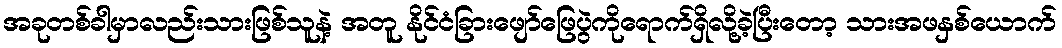
အခုတစ်ခါမှာလည်းသားဖြစ်သူနဲ့ အတူ နိုင်ငံခြားဖျော်ဖြေပွဲကိုရောက်ရှိလို့ခဲ့ပြီးတော့ သားအဖနှစ်ယောက်